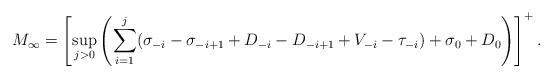
LaTeX: \begin{align*}M_{\infty} = \left[ \sup_{j > 0}\left( \sum_{i=1}^j (\sigma_{-i}- \sigma_{-i+1}+ D_{-i} - D_{-i+1} + V_{-i} - \tau_{-i})+ \sigma_{0} + D_{0} \right)\right]^+.\end{align*}